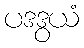
ပဒဒွယံ